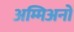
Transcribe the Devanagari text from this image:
अम्मिअनो